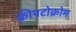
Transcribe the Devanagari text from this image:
क्रीपटोक्रोम